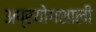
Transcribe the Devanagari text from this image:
अप्रयोगशाली